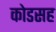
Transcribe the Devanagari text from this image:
कोडसह